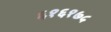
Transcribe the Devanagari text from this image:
६१६१७५